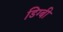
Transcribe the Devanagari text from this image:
डिग्‍बी